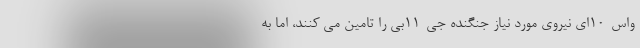
و‌اس-10ای نیروی مورد نیاز جنگنده جی-11بی را تامین می کنند، اما به